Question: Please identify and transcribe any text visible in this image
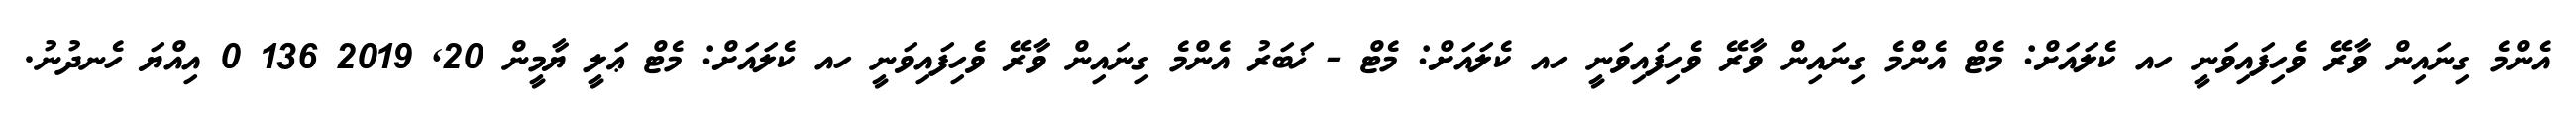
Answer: އެންމެ ގިނައިން ވާރޭ ވެހިފައިވަނީ ހއ ކެލައަށް: މެޓް އެންމެ ގިނައިން ވާރޭ ވެހިފައިވަނީ ހއ ކެލައަށް: މެޓް - ޚަބަރު އެންމެ ގިނައިން ވާރޭ ވެހިފައިވަނީ ހއ ކެލައަށް: މެޓް ޢަލީ ޔާމީން 20, 2019 136 0 އިއްޔަ ހެނދުނު.